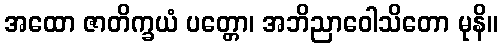
အထော ဇာတိက္ခယံ ပတ္တော၊ အဘိညာဝေါသိတော မုနိ။